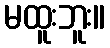
မထူးဘူး။